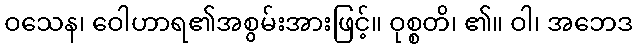
ဝသေန၊ ဝေါဟာရ၏အစွမ်းအားဖြင့်။ ဝုစ္စတိ၊ ၏။ ဝါ၊ အဘေဒ